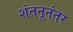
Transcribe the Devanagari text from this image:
शंतनूनंतर